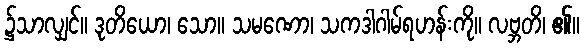
၌သာလျှင်။ ဒုတိယော၊ သော။ သမဏော၊ သကဒါဂါမ်ရဟန်းကို။ လဗ္ဘတိ၊ ၏။